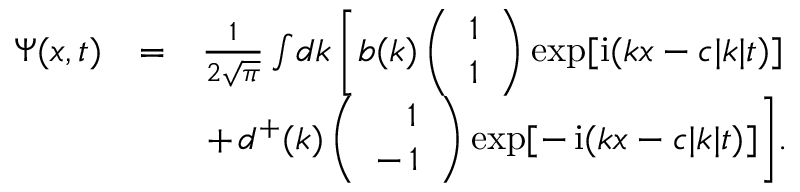
\begin{array} { r l r } { \Psi ( { x } , t ) } & { = } & { \frac { 1 } { 2 \sqrt { \pi } } \int \! d k \left[ b ( { k } ) \left( \begin{array} { c } { 1 } \\ { 1 } \end{array} \right) \exp [ \mathrm { i } ( k x - c | k | t ) ] \right. } \\ & { } & { + \! \left. d ^ { + } ( { k } ) \left( \begin{array} { c c } { \, \, \, \, \, 1 } \\ { - \, 1 } \end{array} \right) \exp [ - \, \mathrm { i } ( k x - c | k | t ) ] \right] \! . } \end{array}